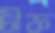
চীফ